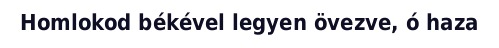
Homlokod békével legyen övezve, ó haza